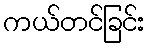
ကယ်တင်ခြင်း